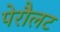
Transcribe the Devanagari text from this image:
पेरौलट